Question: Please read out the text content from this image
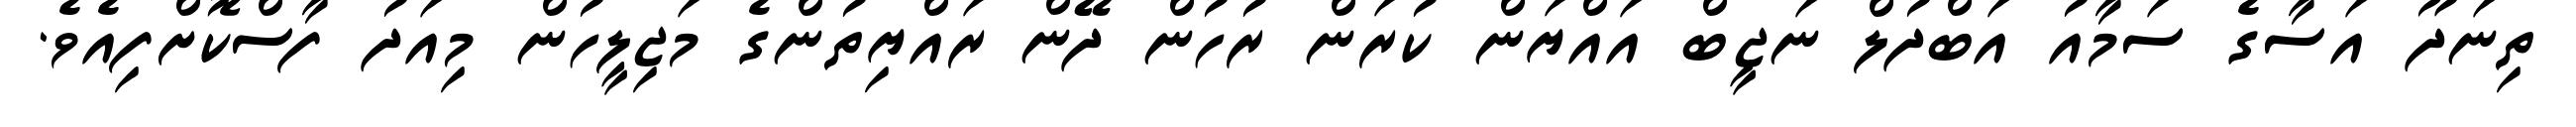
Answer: ތިނަދޫ އަސާގެ ސަމާއު އަބްދުލް ނަޖީބް އައްޔަން ކުރަން ރުހުން ދޭން ރައްޔިތުންގެ މަޖިލީހުން މިއަދު ފާސްކޮށްފިއެވެ.